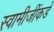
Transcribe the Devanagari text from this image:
स्वामीजींकडे